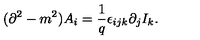
( \partial ^ { 2 } - m ^ { 2 } ) A _ { i } = \frac { 1 } { q } \epsilon _ { i j k } \partial _ { j } I _ { k } .